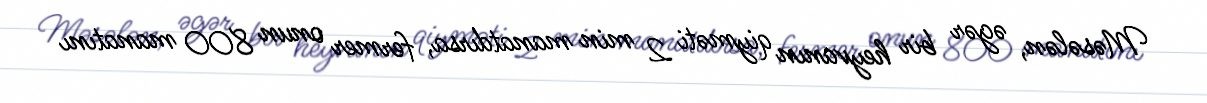
Məsələn, əgər bir heyvanın qiyməti 2 min manatdırsa, fermer onun 800 manatını